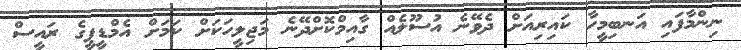
ނިންމާފައި އަނބިމީހާ ކައިރިއަށް ދެވޭނެ އުސޫލެއް ގާއިމްކޮށްދޭނެ މަޖިލީހަކަށް ކަމަށް އެމްޑީޕީގެ ރައީސް